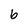
Character: 6